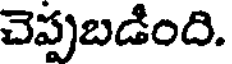
చెప్పబడింది.